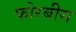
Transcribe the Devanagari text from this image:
फोरबीस